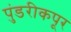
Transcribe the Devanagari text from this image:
पुंडरीकपूर